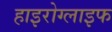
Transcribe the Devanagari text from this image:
हाइरोग्लाइफ